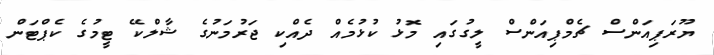
ޔޫރަޕިއަންސް ޗެމްޕިއަންސް ލީގުގައި މޮޅު ކުޅުމެއް ދެއްކި ޖަރުމަނުގެ ޝާލްކޭ ޓީމުގެ ކެޕްޓަން